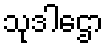
သုဒါဌော